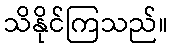
သိနိုင်ကြသည်။